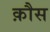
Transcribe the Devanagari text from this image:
क़ौस